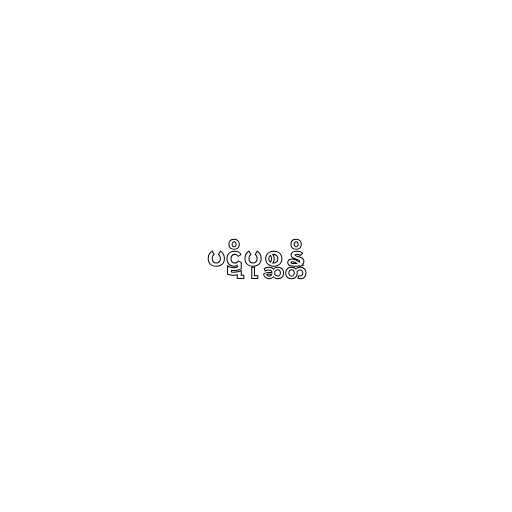
ပဋိပုစ္ဆန္တိ